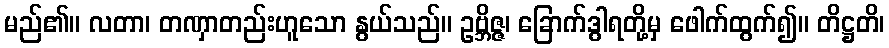
မည်၏။ လတာ၊ တဏှာတည်းဟူသော နွယ်သည်။ ဥဗ္ဘိဇ္ဇ၊ ခြောက်ဒွါရတို့မှ ဖေါက်ထွက်၍။ တိဋ္ဌတိ၊